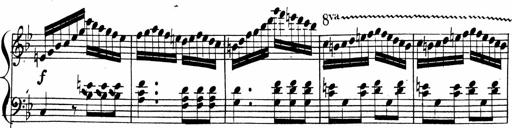
Title: 2 Piano Sonatinas
Composer: Ferdinand Ries